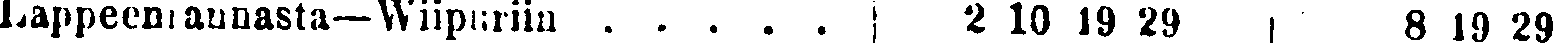
Lappeenrannasta—Wiipuriin . . . . .  2 10 19 29  8 19 29